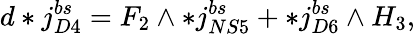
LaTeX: d*j_{D4}^{bs}=F_{2}\wedge*j_{NS5}^{bs}+*j_{D6}^{bs}\wedge H_{3},